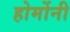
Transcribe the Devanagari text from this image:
होर्मोनी